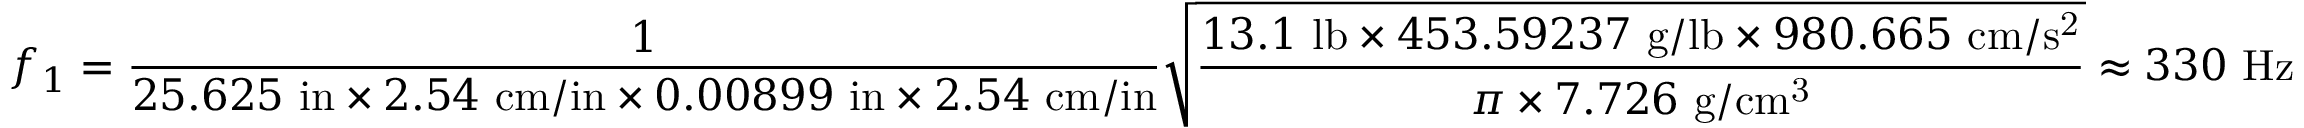
f _ { 1 } = { \frac { 1 } { 2 5 . 6 2 5 \ \mathrm { i n } \times 2 . 5 4 \ \mathrm { c m / i n } \times 0 . 0 0 8 9 9 \ \mathrm { i n } \times 2 . 5 4 \ \mathrm { c m / i n } } } { \sqrt { \frac { 1 3 . 1 \ \mathrm { l b } \times 4 5 3 . 5 9 2 3 7 \ \mathrm { g / l b } \times 9 8 0 . 6 6 5 \ \mathrm { c m / s ^ { 2 } } } { \pi \times 7 . 7 2 6 \ \mathrm { g / c m ^ { 3 } } } } } \approx 3 3 0 \ \mathrm { H z }